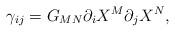
LaTeX: \begin{align*}\gamma_{ij} = G_{MN} \partial_{i} X^{M} \partial_{j} X^{N},\end{align*}